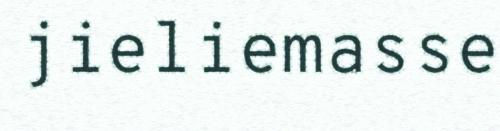
jieliemasse